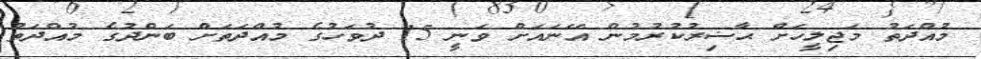
މުއްދަތު މަޖިލީހަށް ޙާޟިރުކުރުމުން އޭނައަށް ވަނީ 15 ދުވަހުގެ މުއްދަތަށް ބަންދުގެ މުއްދަތު